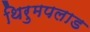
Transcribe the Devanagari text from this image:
थिरुमपलाड